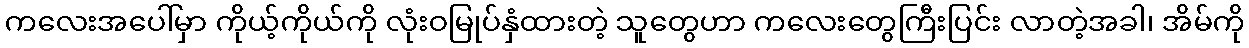
ကလေးအပေါ်မှာ ကိုယ့်ကိုယ်ကို လုံးဝမြုပ်နှံထားတဲ့ သူတွေဟာ ကလေးတွေကြီးပြင်း လာတဲ့အခါ၊ အိမ်ကို